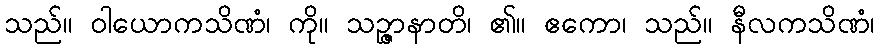
သည်။ ဝါယောကသိဏံ၊ ကို။ သဉ္ဇာနာတိ၊ ၏။ ဧကော၊ သည်။ နီလကသိဏံ၊